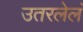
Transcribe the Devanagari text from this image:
उतरलेलं